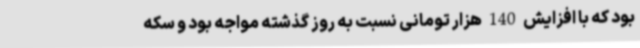
بود که با افزایش 140 هزار تومانی نسبت به روز گذشته مواجه بود و سکه